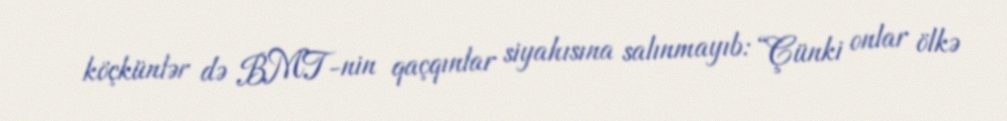
köçkünlər də BMT-nin qaçqınlar siyahısına salınmayıb: “Çünki onlar ölkə